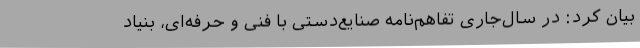
بیان کرد: در سال‌جاری تفاهم‌نامه صنایع‌دستی با فنی و حرفه‌ای، بنیاد